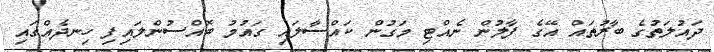
ދައުލަތުގެ ބާރުތައް އޭގެ ފާލުން ނެއްޓި މަގުން ކައްސާލައި ގައުމު ބޮއްސުންލައިފި ހިނދެއްގައި